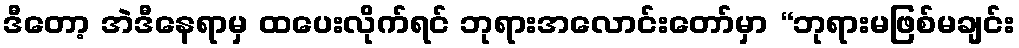
ဒီတော့ အဲဒီနေရာမှ ထပေးလိုက်ရင် ဘုရားအလောင်းတော်မှာ “ဘုရားမဖြစ်မချင်း